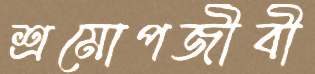
শ্রমোপজীবী